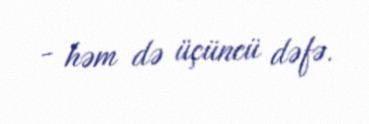
- həm də üçüncü dəfə.